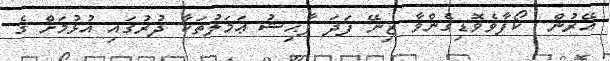
އޭރުން  ކޯފާވެވޮޑިގެންވާ ޒިނޭ ފަދަ ފާޙިޝު ޢަމަލުތަކާ ދުރުގައި އުޅުމަށް ގެ